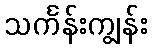
သင်္ကန်းကျွန်း